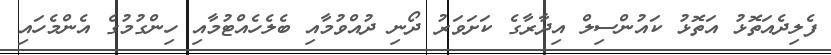
ފެލިދެއަތޮޅު އަތޮޅު ކައުންސިލް އިދާރާގެ ކަށަވަރު ދޯނި ދުއްވުމާއި ބެލެހެއްޓުމާއި ހިންގުމުގެ އެންމެހައި